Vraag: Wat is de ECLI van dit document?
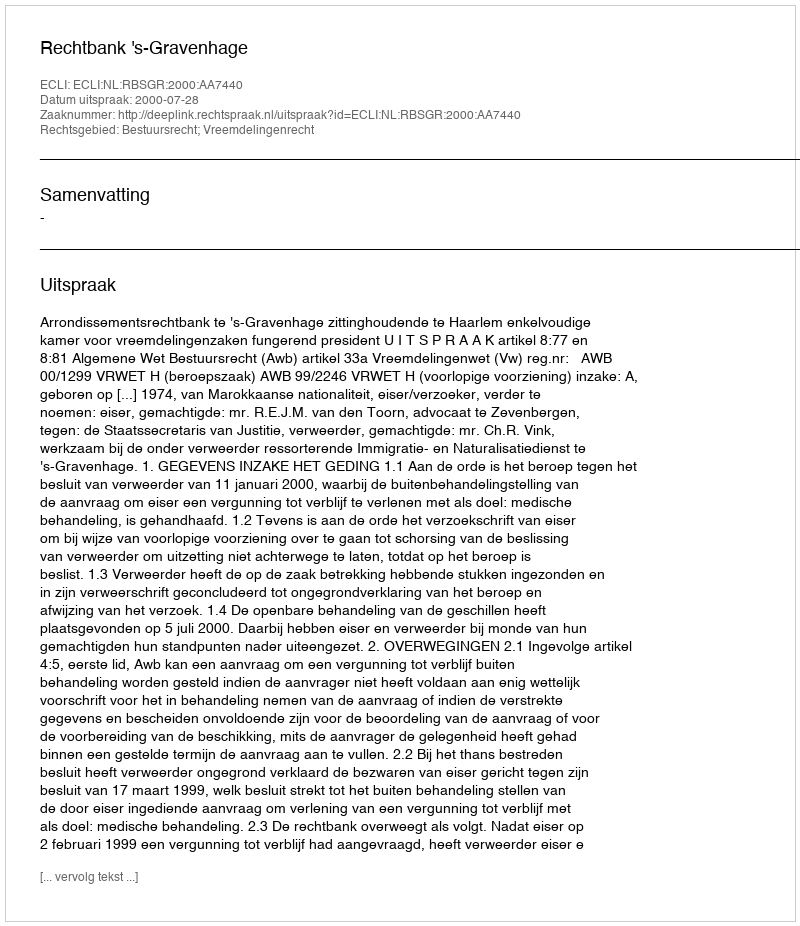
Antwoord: ECLI:NL:RBSGR:2000:AA7440